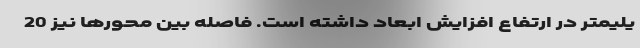
یلیمتر در ارتفاع افزایش ابعاد داشته است. فاصله بین محورها نیز 20